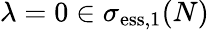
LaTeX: \lambda=0\in\sigma_{\mathrm{ess},1}(N)